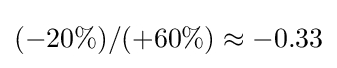
(-20\%)/(+60\%)\approx -0.33